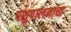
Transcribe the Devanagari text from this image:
पशुपालनाचा